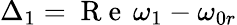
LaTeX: \Delta_{1}=\mathrm{~R~e~}\, \omega_{1}-\omega_{0r}